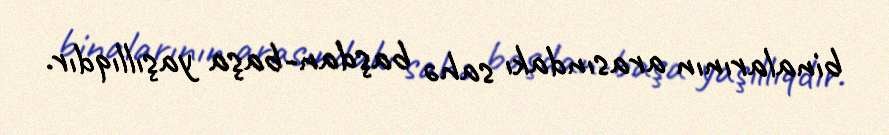
binalarının arasındakı sahə başdan-başa yaşıllıqdır.